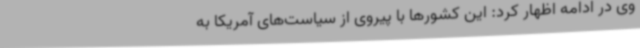
وی در ادامه اظهار کرد: این کشورها با پیروی از سیاست‌های آمریکا به